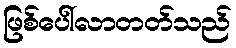
ဖြစ်ပေါ်လာတတ်သည်